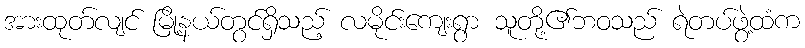
အားထုတ်လျင် မြို့နယ်တွင်ရှိသည့် လမိုင်းကျေးရွာ သူတို့၏ဘဝသည် ရဲတပ်ဖွဲ့ထံက